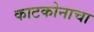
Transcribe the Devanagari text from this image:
काटकोनाचा